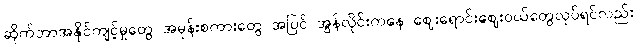
ဆိုက်ဘာအနိုင်ကျင့်မှုတွေ အမုန်းစကားတွေ အပြင် အွန်လိုင်းကနေ ဈေးရောင်းဈေးဝယ်တွေလုပ်ရင်လည်း